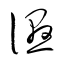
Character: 湿